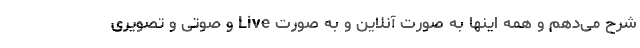
شرح می‌دهم و همه اینها به صورت آنلاین و به صورت Live و صوتی و تصویری